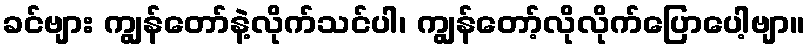
ခင်ဗျား ကျွန်တော်နဲ့လိုက်သင်ပါ၊ ကျွန်တော့်လိုလိုက်ပြောပေါ့ဗျာ။